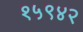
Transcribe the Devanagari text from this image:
१५९४२